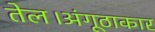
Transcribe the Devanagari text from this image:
तेल।अंगूठाकार